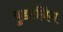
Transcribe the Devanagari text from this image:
वुडटर्निंग